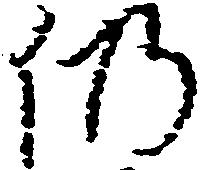
仍